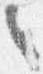
之